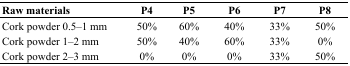
<table><thead><tr><td><b>Raw materials </b></td><td><b>P4</b></td><td><b>P5</b></td><td><b>P6</b></td><td><b>P7</b></td><td><b>P8</b></td></tr></thead><tbody><tr><td>Cork powder 0.5–1 mm</td><td>50%</td><td>60%</td><td>40%</td><td>33%</td><td>50%</td></tr><tr><td>Cork powder 1–2 mm</td><td>50%</td><td>40%</td><td>60%</td><td>33%</td><td>0%</td></tr><tr><td>Cork powder 2–3 mm</td><td>0%</td><td>0%</td><td>0%</td><td>33%</td><td>50%</td></tr></tbody></table>